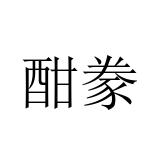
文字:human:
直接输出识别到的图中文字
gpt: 酣豢